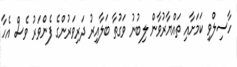
ހާސިލްވި ކަމަށާއި ތައްޔާރުވާން ލިބުނު ވަގުތާ ބަލާއިރު ދަރިވަރުންގެ ފެންވަރު ވެސް އެހާ